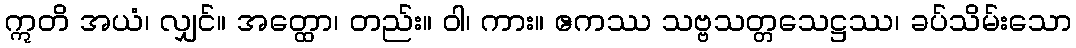
ဣတိ အယံ၊ လျှင်။ အတ္ထော၊ တည်း။ ဝါ၊ ကား။ ဧကဿ သဗ္ဗသတ္တသေဋ္ဌဿ၊ ခပ်သိမ်းသော